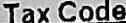
TAX CODE